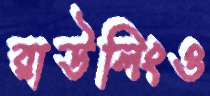
রাউলিংও